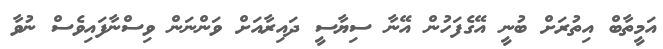
އަމީތާބް އިތުރަށް ބުނީ އޭގެފަހުން އޭނާ ސިޔާސީ ދައިރާއަށް ވަންނަން ވިސްނާފައިވެސް ނުވާ